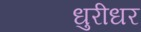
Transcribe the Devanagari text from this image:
धुरीधर